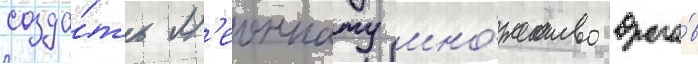
созда́ть л'еоннату мно́жество враго́в